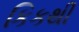
કિકથી